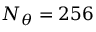
N _ { \theta } = 2 5 6